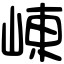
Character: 崠